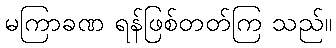
မကြာခဏ ရန်ဖြစ်တတ်ကြ သည်။